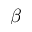
\beta